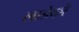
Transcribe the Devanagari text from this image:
लाडेको